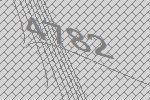
4782